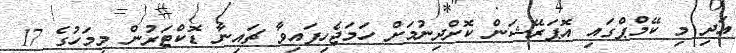
އަދި މި ކޭމްޕްގައި އޮޕަރޭޝަން ކޮށްދިނުމަށް ހަމަޖެހިފައިވާ ޗައިނާ ޑޮކްޓަރުން މިމަހުގެ 17